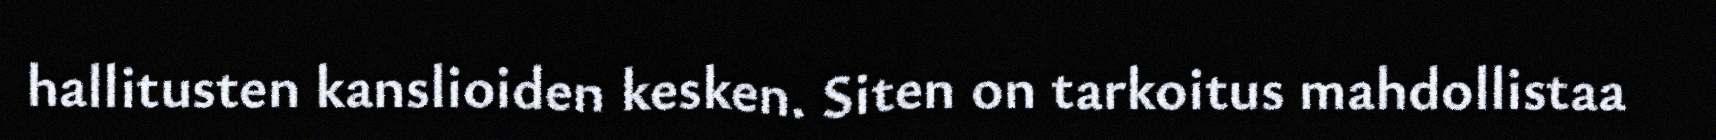
hallitusten kanslioiden kesken. Siten on tarkoitus mahdollistaa